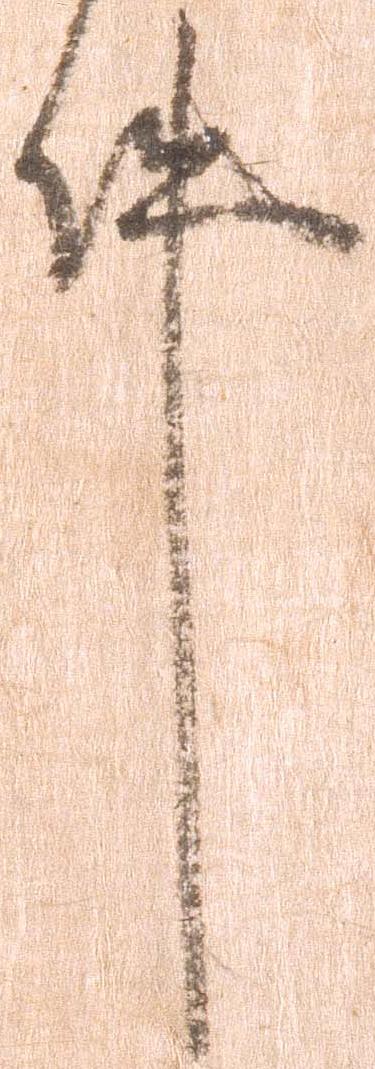
件